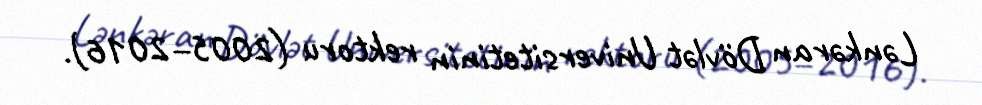
Lənkəran Dövlət Universitetinin rektoru (2005–2016).